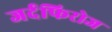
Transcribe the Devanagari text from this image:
जर्दफिरोज